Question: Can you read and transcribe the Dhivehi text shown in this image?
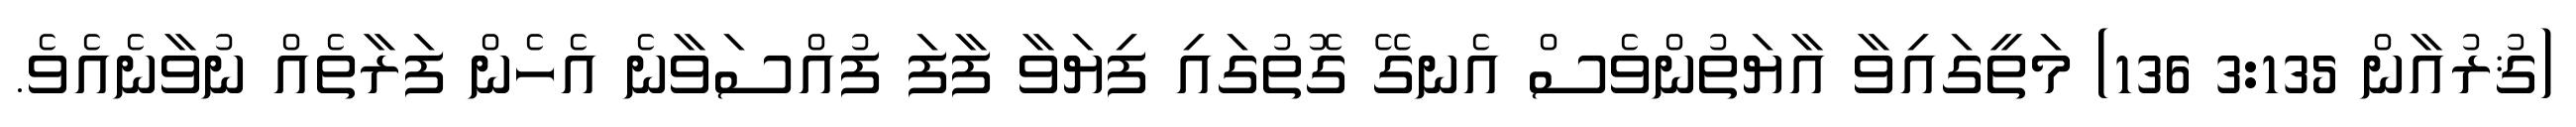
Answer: (ޤުރުއާން 3:135 136) މަތީގައިވާ އާޔަތުންވެސް އެނގޭ ގޮތުގައި ފިޔަވާ ފާފަ ފުއްސަވާނެ އެހެން ފަރާތެއް ނުވާނެއެވެ.